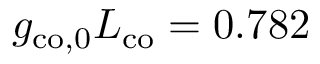
g _ { \mathrm { c o , 0 } } L _ { \mathrm { c o } } = 0 . 7 8 2